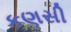
કણસી